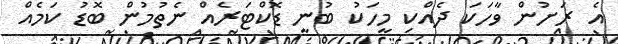
އެ ރަށުން ވާހަކަ ދެއްކި މީހަކު ބުނީ ޑޮކްޓަރެއް ނެތުމުން ބޮޑު ކަމެއް